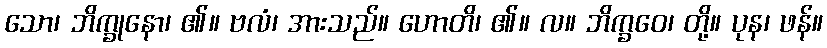
သော၊ ဘိက္ခုနော၊ ၏။ ဗလံ၊ အားသည်။ ဟောတိ၊ ၏။ လ။ ဘိက္ခဝေ၊ တို့။ ပုန၊ ဖန်။